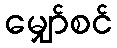
မျှော်စင်